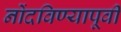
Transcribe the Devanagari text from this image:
नोंदविण्यापूर्वी